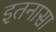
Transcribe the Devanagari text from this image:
इतनासा